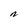
Character: N